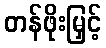
တန်ဖိုးမြှင့်